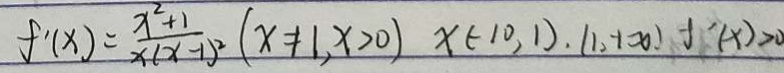
f ^ { \prime } _ { ( x ) } = \frac { x ^ { 2 } + 1 } { x ( x - 1 ) ^ { 2 } } ( x \neq 1 , x > 0 ) x ( - 1 0 , 1 ) . ( 1 _ { 2 } + \infty ) f ^ { \prime } _ { ( x ) } > 0